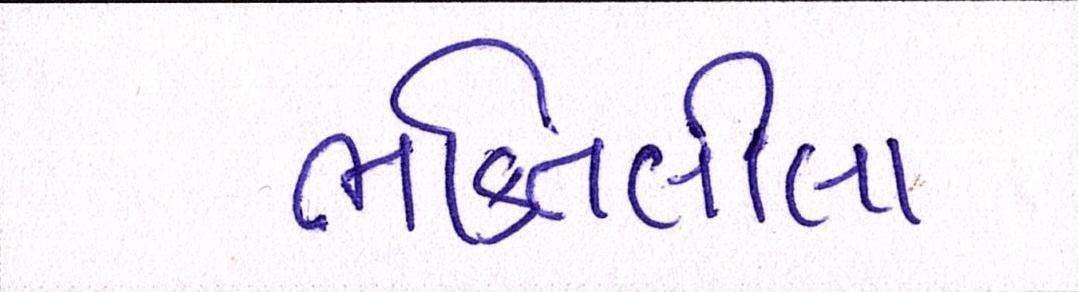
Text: ભક્તિલીલા